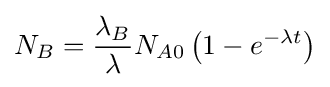
N_{B}={\frac {\lambda _{B}}{\lambda }}N_{A0}\left(1-e^{-\lambda t}\right)